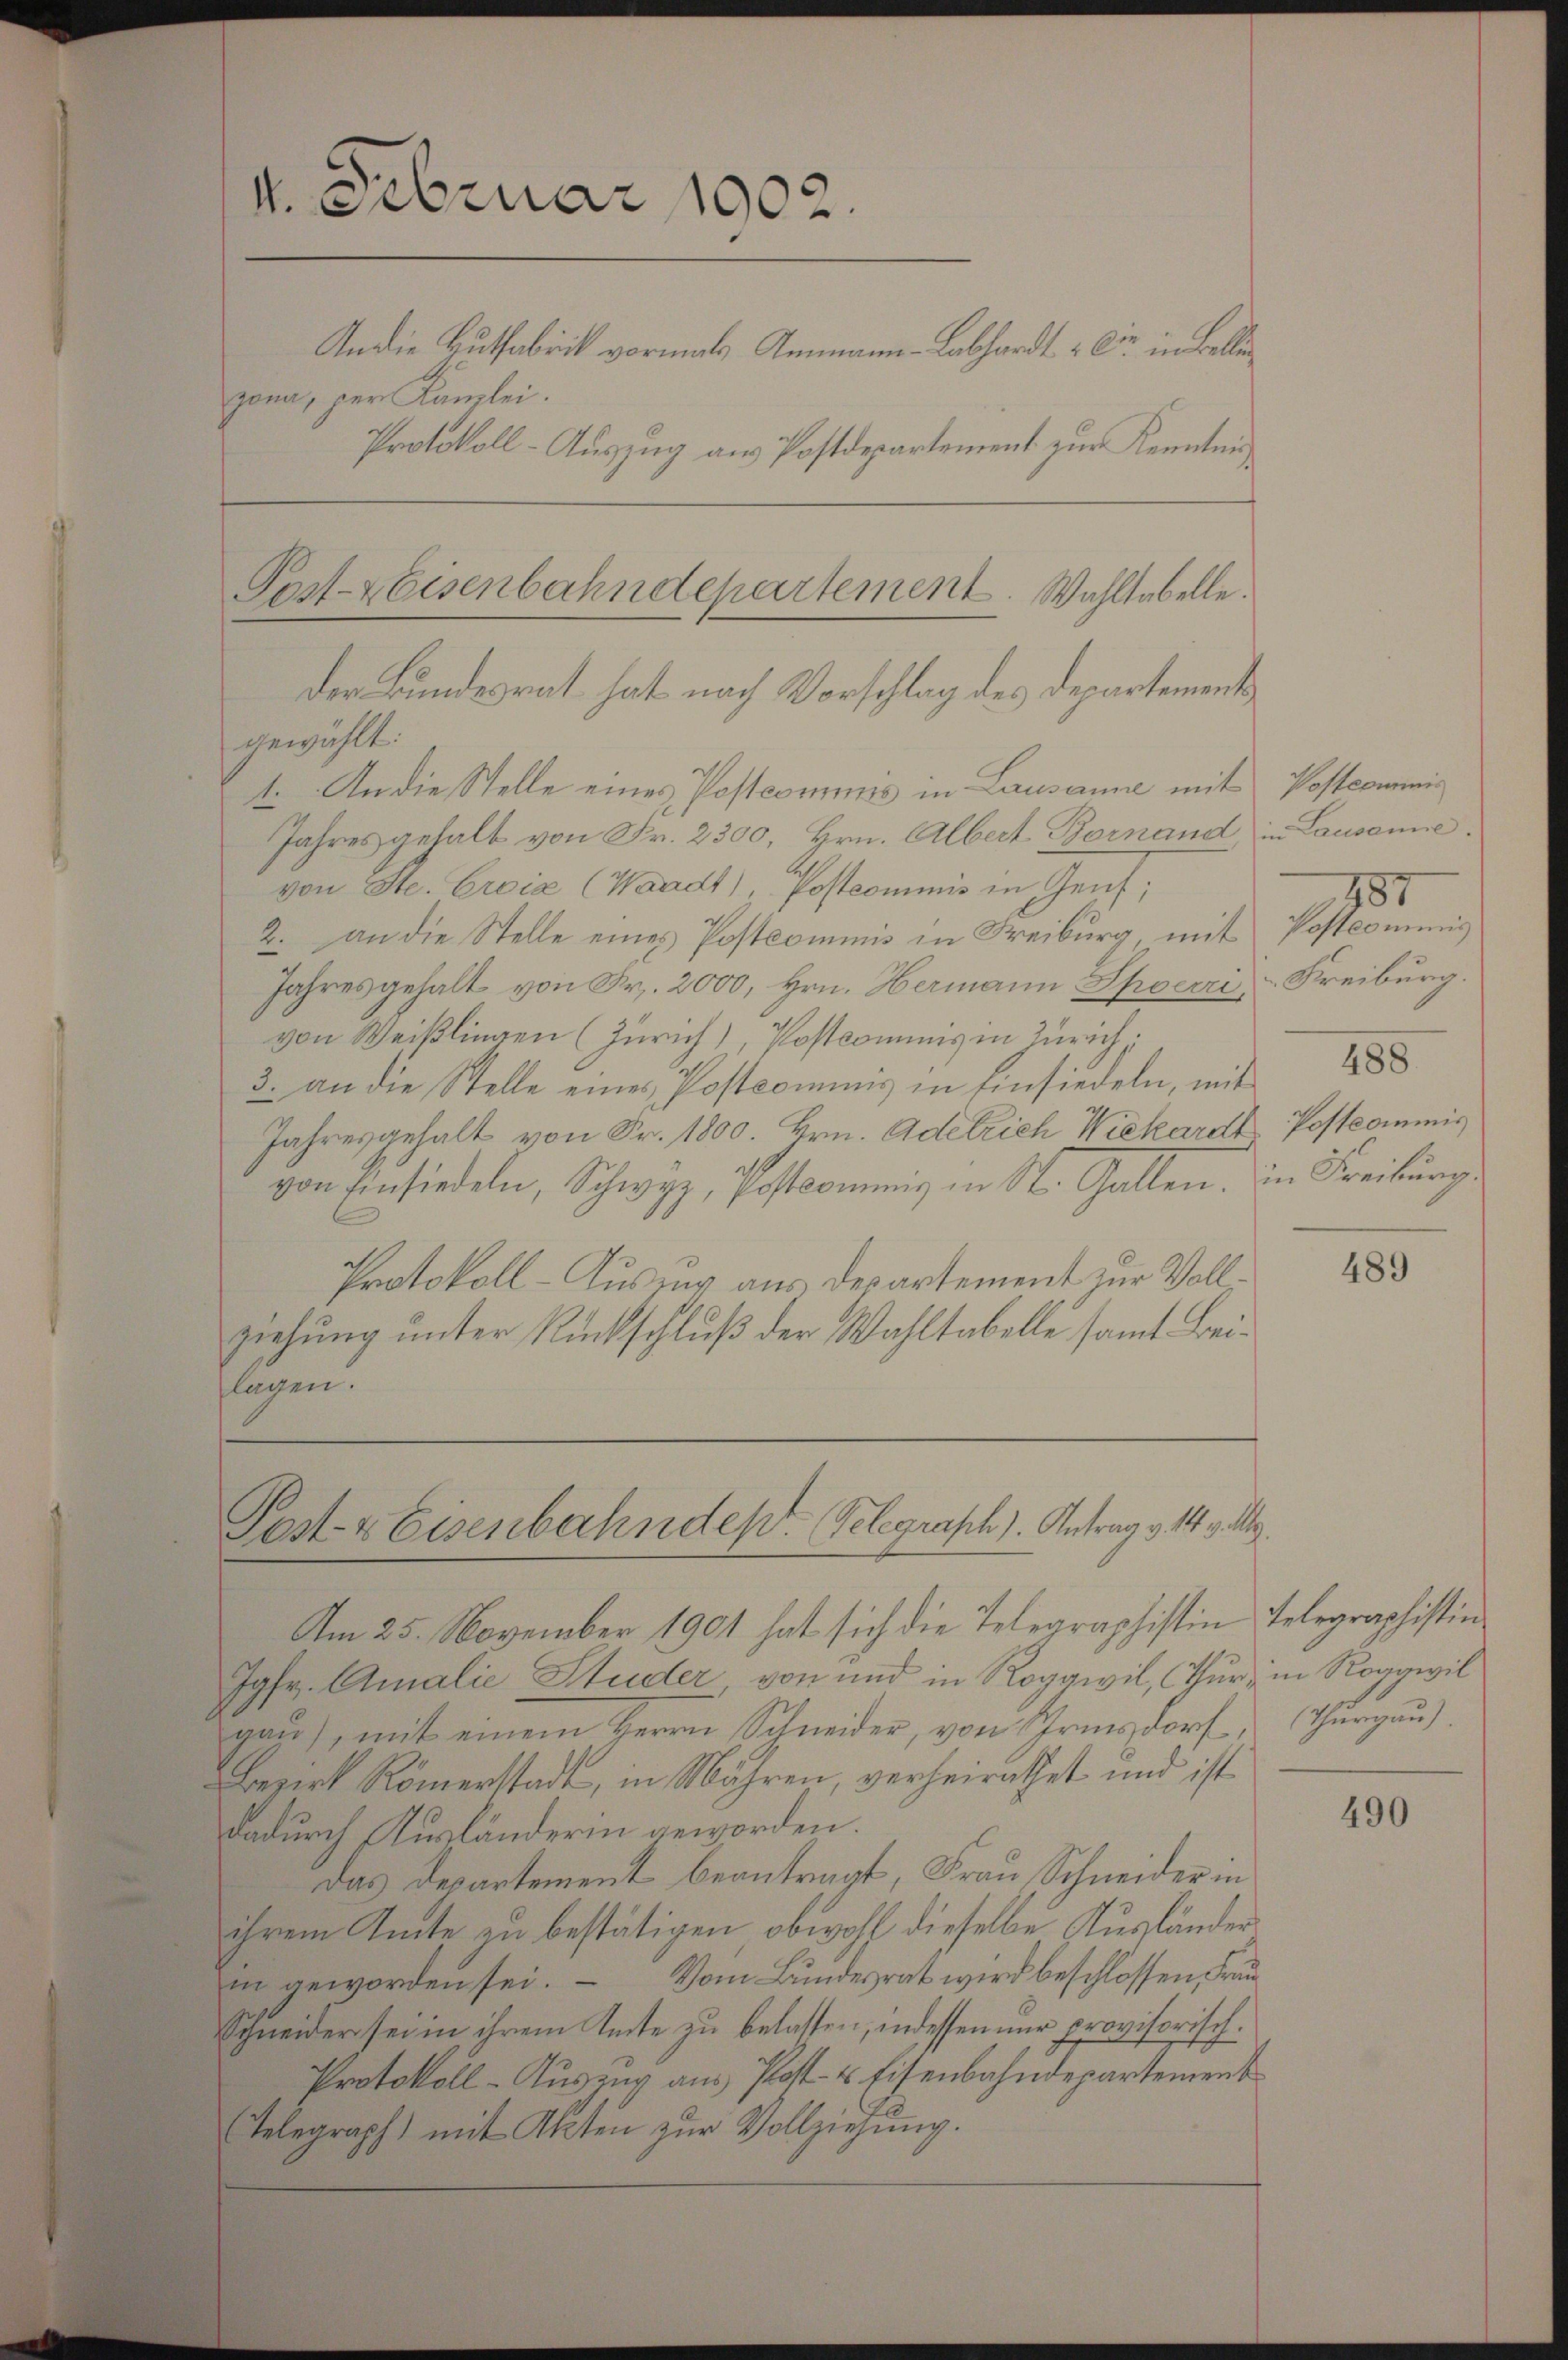
4. Februar 1902.
An die Hutfabrik vormals Ammann-Labhardt & Cie in Bellen
zona, per Kanzlei.
Protokoll-Auszug aus Postdepartement zur Kenntnis

gewählt:
1. An die Stelle eines Postcommis in Lausanne mit
Jahres gehalt von Fr. 2300, Hrn. Albert Bornand in Lausanne.
von Ste. Croix (Waadt), Postcommis in Genf;
2. an die Stelle eines Postcommis in Freiburg, mit
Jahresgehalt von Fr. 2000, Hrn. Hermann Spoerri
von Weißlingen (Zürich), Postcomins in Zürich.
3. an die Stelle eines Postcommis in Einsiedeln, mit 18
Jahresgehalt von Fr. 1800. Hrn. Adelrich Wickardt Postcommis
von Einsiedeln, Schwyz, Postcommis in St. Gallen. in Freibung.
Protokoll-Auszug aus des artement zur Vollziehung unter Rückschluß der Wahltabelle samt Beilagen.

Post-Keisenbahndepartement. Wahltabelle.
der Bundesrat hat nach Vorschlag des Departement

Post- & Eisenbahndes Telegraph). Antrag v. 14 v. M.

Am 25. November 1901 hat sich die Telegraphistin Telegraphistin
Jgfr. Amalie Studer von und in Roggwil, Thur, in Roggwil
gau), mit einem Herrn Schneider, von Grinsdorf,
Bezirk Römerstadt, in Mähren, verheirathet und ist
dadurch Kurländerin geworden.
Das Departement beantragt, Frau Schneider in
ihrem Amte zu bestätigen obwohl dieselbe Ausländer
in geworden sei. Vom Bundesrat wird beschlossen, Frau
Schneider sei in ihrem Amte zu belassen, indessen nur provisorisch.
Protokoll-Auszug aus Post- & Eisenbahndepartement
Telegraph) mit Akten zŭr Vollziehung.

Postcommis
787
Postcommis
Freiburg.

489

(Thurgau).

490